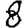
Digit: 8